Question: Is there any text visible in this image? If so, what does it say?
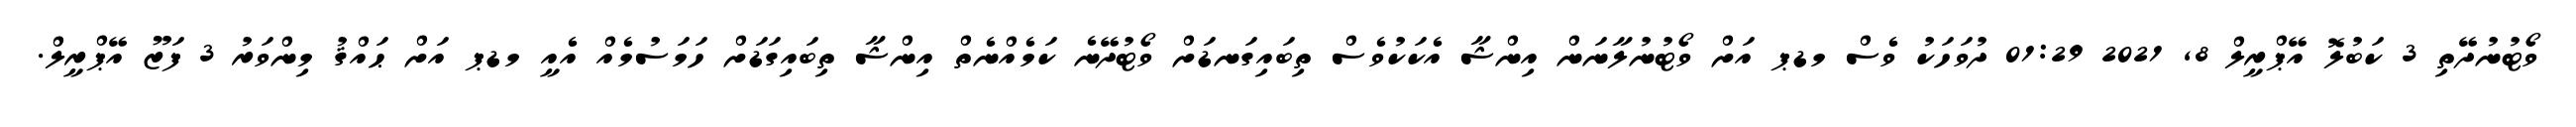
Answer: ވޯޓުނުދޭތި 3 ކަބުލޮ އޭޕްރީލް 8, 2021 01:29 ދުވަހަކު ވެސް މޑޕ އަށް ވޯޓުނުލާނަން އިންޝާ އެކަކުވެސް ތިބައިގަނޑަށް ވޯޓުދޭނެ ކަމެއްނެތް އިންޝާ ތިބައިގަޑަށް ހަމަސުމެއް އެއީ މޑޕ އަށް ޙައްޤު މިންވަރު 3 ފަޒޫ އޭޕްރީލް.